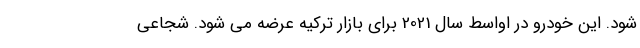
شود. این خودرو در اواسط سال 2021 برای بازار ترکیه عرضه می شود. شجاعی